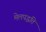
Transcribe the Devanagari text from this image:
मेलपद्धति